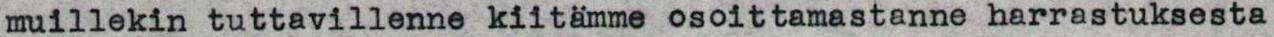
muillekin tuttavillenne kiitämme osoittamastanne harrastuksesta